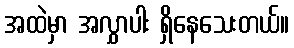
အထဲမှာ အလွှာပါး ရှိနေသေးတယ်။